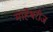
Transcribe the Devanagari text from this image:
माहेश्वरीज